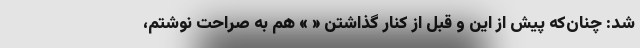
شد: چنان‌که پیش از این و قبل از کنار گذاشتن « » هم به صراحت نوشتم،